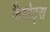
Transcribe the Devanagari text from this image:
फैगोट्स